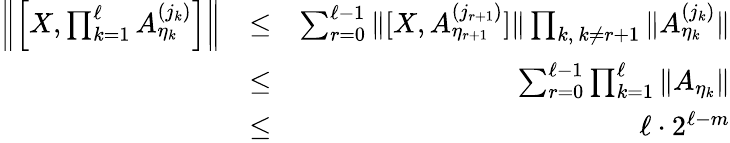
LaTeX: \begin{array}{rlr}{\left\| \left[X,\prod_{k=1}^{\ell}A_{\eta_{k}}^{(j_{k})}\right]\right\| }&{\leq}&{\sum_{r=0}^{\ell-1}\| [X,A_{\eta_{r+1}}^{(j_{r+1})}]\| \prod_{k,\ k\neq r+1}\| A_{\eta_{k}}^{(j_{k})}\| }\\ &{\leq}&{\sum_{r=0}^{\ell-1}\prod_{k=1}^{\ell}\| A_{\eta_{k}}\| }\\ &{\leq}&{\ell\cdot 2^{\ell-m}}\end{array}